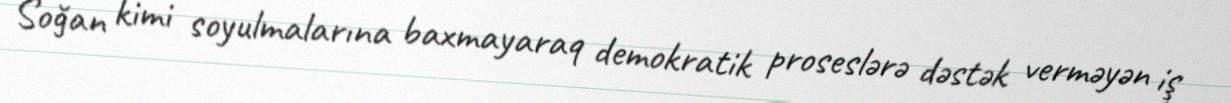
Soğan kimi soyulmalarına baxmayaraq demokratik proseslərə dəstək verməyən iş